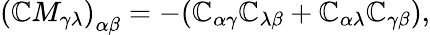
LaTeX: \left(\mathbb{C}M_{\gamma\lambda}\right)_{\alpha\beta}=-(\mathbb{C}_{\alpha\gamma}\mathbb{C}_{\lambda\beta}+\mathbb{C}_{\alpha\lambda}\mathbb{C}_{\gamma\beta}),